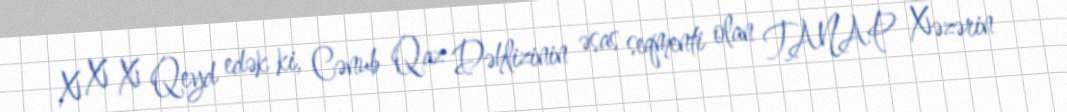
X X X Qeyd edək ki, Cənub Qaz Dəhlizinin əsas seqmenti olan TANAP Xəzərin